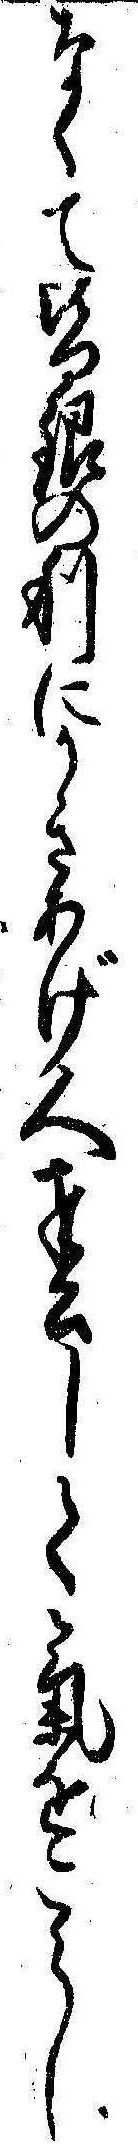
なくて皆銀の利にかきあげ人奉公して気をこらし